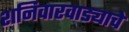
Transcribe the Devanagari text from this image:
शनिवारवाड्याचे